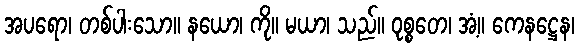
အပရော၊ တစ်ပါးသော။ နယော၊ ကို။ မယာ၊ သည်။ ဝုစ္စတေ၊ အံ့။ ကေနဋ္ဌေန၊